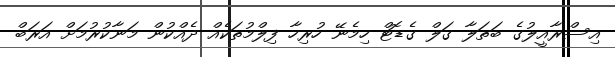
އިސްރާއީލުގެ ބަތަލާ ގަލް ގެޑޮޓް ހިމެނޭ ހުރިހާ ފިލްމުތަކެއް ދެއްކުން މަނާކުރުމަށް އަރަބް